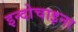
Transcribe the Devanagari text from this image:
इन्दोचाइना